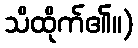
သိထိုက်၏။)